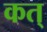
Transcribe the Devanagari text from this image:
कत्